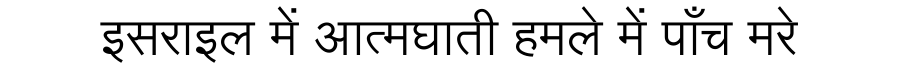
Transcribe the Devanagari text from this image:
इसराइल में आत्मघाती हमले में पाँच मरे